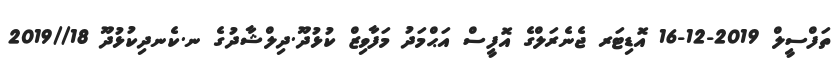
ތަފްސީލް 2019-12-16 އޮޑިޓަރ ޖެނެރަލްގެ އޮފީސް އަޙްމަދު މަފާވިޒް ކުޅުދޫ.ދިލްޝާދުގެ ނ.ކެނދިކުޅުދޫ 18//2019